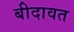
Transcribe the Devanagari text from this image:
बीदावत